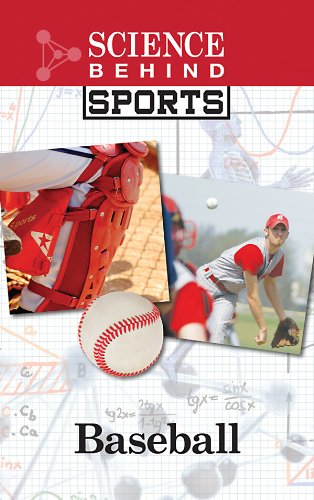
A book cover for Baseball (Science Behind Sports); Lizabeth Hardman; Teen & Young Adult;